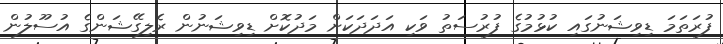
ފުރަތަމަ ޑިވިޝަނުގައި ކުޅުމުގެ ފުރުސަތު ވަކި އަދަދަކަށް މަދުކޮށް ޑިވިޝަނުން ރެލިގޭޝަންގެ އުސޫލުން